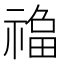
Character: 𱵦